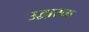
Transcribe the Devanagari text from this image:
उद्वारक